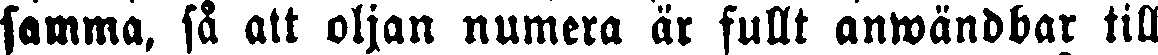
samma, så att oljan numera är fullt anwändbar till